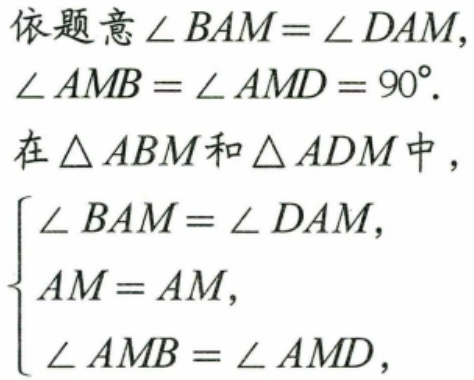
依题意\(\angle BAM=\angle DAM\)，
\(\angle AMB=\angle AMD = 90^{\circ}\).
在\(\triangle ABM\)和\(\triangle ADM\)中，
\(\begin{cases}
\angle BAM=\angle DAM,\\
AM = AM,\\
\angle AMB=\angle AMD,
\end{cases}\)